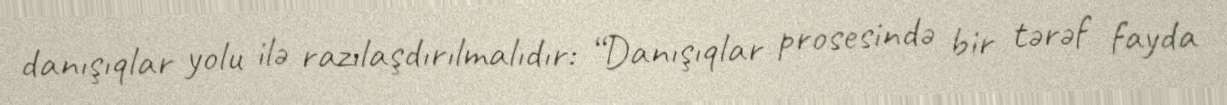
danışıqlar yolu ilə razılaşdırılmalıdır: “Danışıqlar prosesində bir tərəf fayda